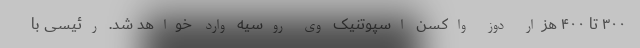
٣٠٠ تا ۴٠٠ هزار دوز واکسن اسپوتنیک وی روسیه وارد خواهد شد. رئیسی با